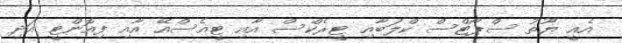
އެއީ ޔޫތު ސްޕޯޓްސް ކްލަބާއި ޓީރެކްސް އާއި ޓީއެސްއޭ އާއި ފިއޮންޓީ އަދި